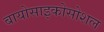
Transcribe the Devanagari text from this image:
बायोसाइकोसोशल